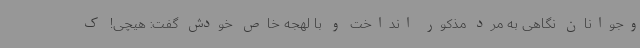
وجوانان نگاهی به مرد مذکور انداخت و با لهجه خاص خودش گفت: هیچی! ک